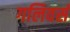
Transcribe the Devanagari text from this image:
गलिवर्स